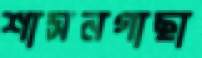
শাসনগাছা